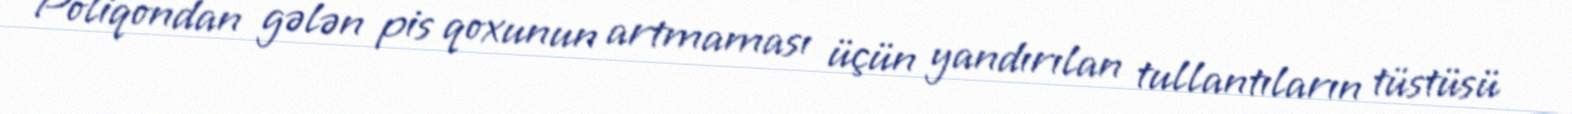
Poliqondan gələn pis qoxunun artmaması üçün yandırılan tullantıların tüstüsü